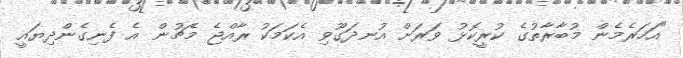
"އަހަރެމެން މުބާރާތުގެ ކުރީކޮޅު ވަރަށް އުނދަގޫވި އެކަމަކު ރާއްޖެ މެޗުން އެ ފެނިގެންދިޔައީ